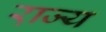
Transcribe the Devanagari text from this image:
रा़ज्य